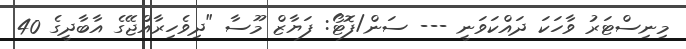
މިނިސްޓަރު ވާހަކަ ދައްކަވަނީ --- ސަން/ފޮޓޯ: ފަޔާޒް މޫސާ "ދިވެހިރާއްޖޭގެ އާބާދީގެ 40